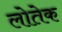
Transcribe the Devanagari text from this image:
लोतेक